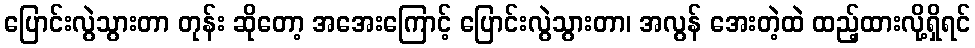
ပြောင်းလွဲသွားတာ တုန်း ဆိုတော့ အအေးကြောင့် ပြောင်းလွဲသွားတာ၊ အလွန် အေးတဲ့ထဲ ထည့်ထားလို့ရှိရင်